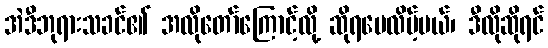
အဲဒီဘုရားသခင်၏ အလိုတော်ကြောင့်လို့ ဆိုရပေလိမ့်မယ်၊ ဒီလိုဆိုရင်